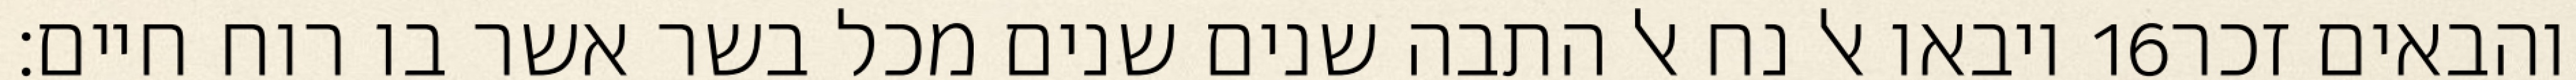
ויבאו אל נח אל התבה שנים שנים מכל בשר אשר בו רוח חיים׃ ‎16‏ והבאים זכר